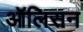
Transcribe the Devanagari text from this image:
ऑलिसन